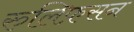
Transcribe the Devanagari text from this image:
रुलिफ़सन